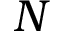
N